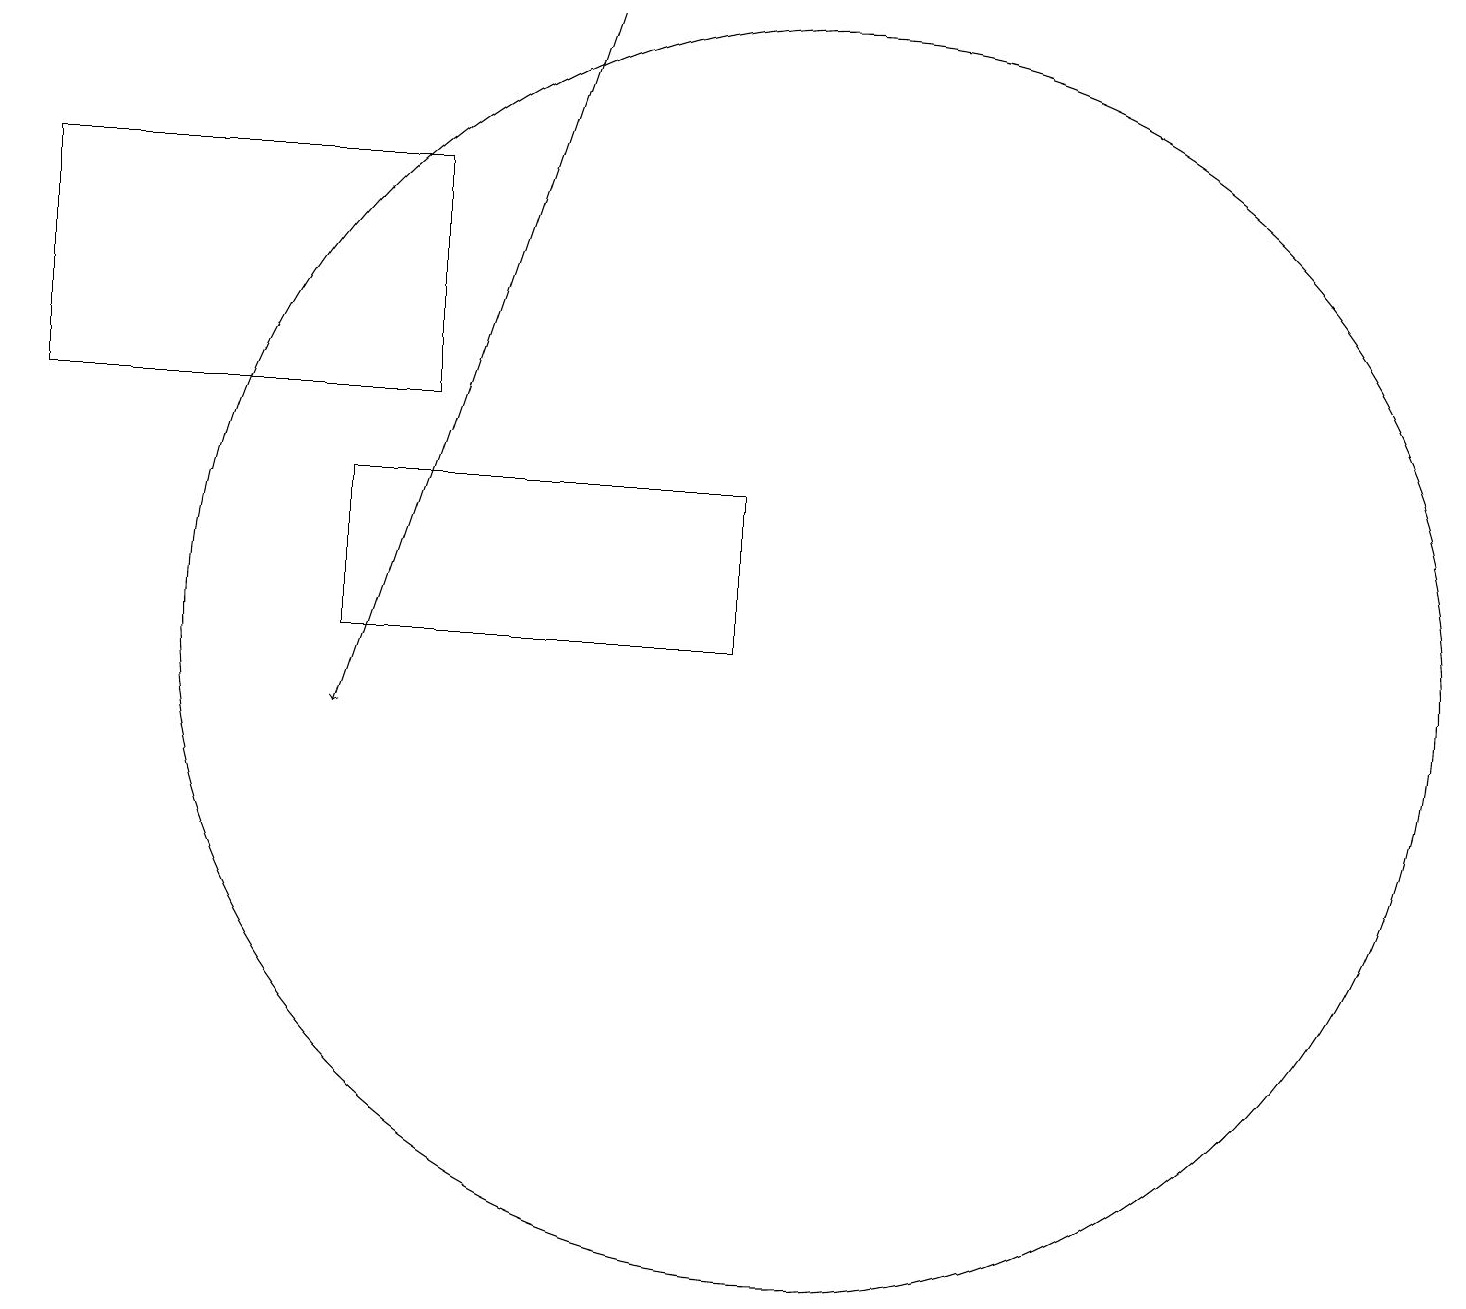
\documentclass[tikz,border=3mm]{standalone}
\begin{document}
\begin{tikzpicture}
\draw (9,13) rectangle (4,11);
\draw (0,17) rectangle (5,14);
\draw[->] (7,19) -- (4,10);
\draw (10,11) circle (8);
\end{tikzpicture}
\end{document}